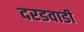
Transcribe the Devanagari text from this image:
दरडवाडी